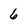
Character: 6